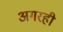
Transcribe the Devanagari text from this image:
अगरही